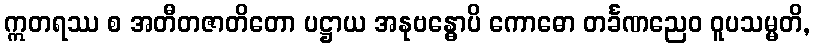
ဣတရဿ စ အတီတဇာတိတော ပဋ္ဌာယ အနုဗန္ဓောပိ ကောဓော တင်္ခဏညေဝ ဝူပသမ္မတိ,